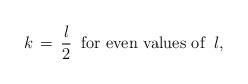
LaTeX: \begin{align*}k\, =\, \frac l2\;\; \hbox{for even values of}\;\; l,\end{align*}